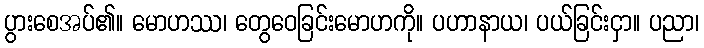
ပွားစေအပ်၏။ မောဟဿ၊ တွေဝေခြင်းမောဟကို။ ပဟာနာယ၊ ပယ်ခြင်းငှာ။ ပညာ၊